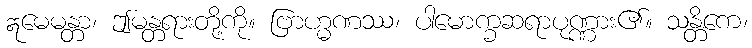
ဣမေမန္တာ၊ ဤမန္တရားတို့ကို။ ဗြာဟ္မဏဿ၊ ပါမောက္ခဆရာပုဏ္ဏား၏။ သန္တိကေ၊